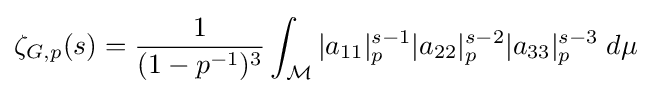
\zeta _{G,p}(s)={\frac {1}{(1-p^{-1})^{3}}}\int _{\mathcal {M}}|a_{11}|_{p}^{s-1}|a_{22}|_{p}^{s-2}|a_{33}|_{p}^{s-3}\;d\mu